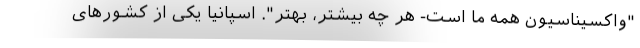
"واکسیناسیون همه ما است- هر چه بیشتر، بهتر". اسپانیا یکی از کشورهای